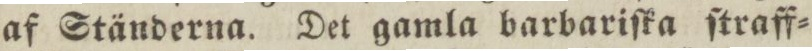
af Ständerna. Det gamla barbariſka ſtraff=